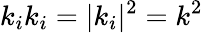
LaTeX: k_{i}k_{i}=|k_{i}|^{2}=k^{2}